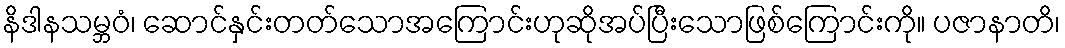
နိဒါနသမ္ဘဝံ၊ ဆောင်နှင်းတတ်သောအကြောင်းဟုဆိုအပ်ပြီးသောဖြစ်ကြောင်းကို။ ပဇာနာတိ၊